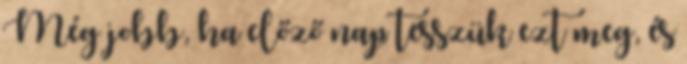
Még jobb, ha előző nap tesszük ezt meg, és